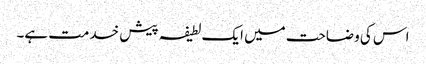
اس کی وضاحت میں ایک لطیفہ پیش خدمت ہے۔